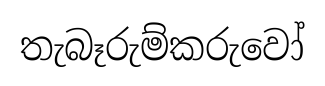
තැබෑරුම්කරුවෝ